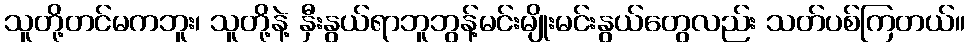
သူတို့တင်မကဘူး၊ သူတို့နဲ့ နှီးနွယ်ရာဘူဘွန့်မင်းမျိုးမင်းနွယ်တွေလည်း သတ်ပစ်ကြတယ်။